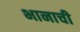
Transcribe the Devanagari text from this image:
भानाची